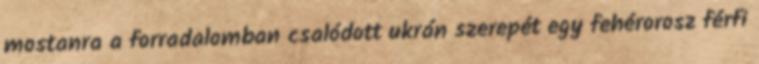
mostanra a forradalomban csalódott ukrán szerepét egy fehérorosz férfi